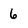
Character: 6